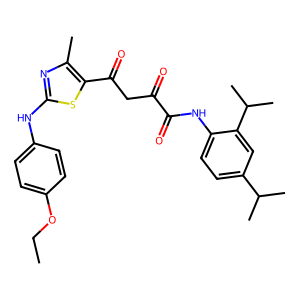
SMILES: CCOc1ccc(Nc2nc(C)c(C(=O)CC(=O)C(=O)Nc3ccc(C(C)C)cc3C(C)C)s2)cc1
Inhibits HIV replication: No